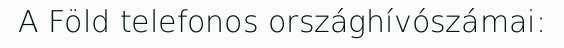
A Föld telefonos országhívószámai: